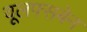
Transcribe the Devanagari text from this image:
वूलफ्सबेन